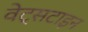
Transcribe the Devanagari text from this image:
वेट्सटाइन